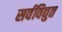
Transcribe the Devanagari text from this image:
सर्वविद्युत